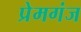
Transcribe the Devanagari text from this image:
प्रेमगंज